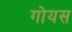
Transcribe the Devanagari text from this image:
गोयस